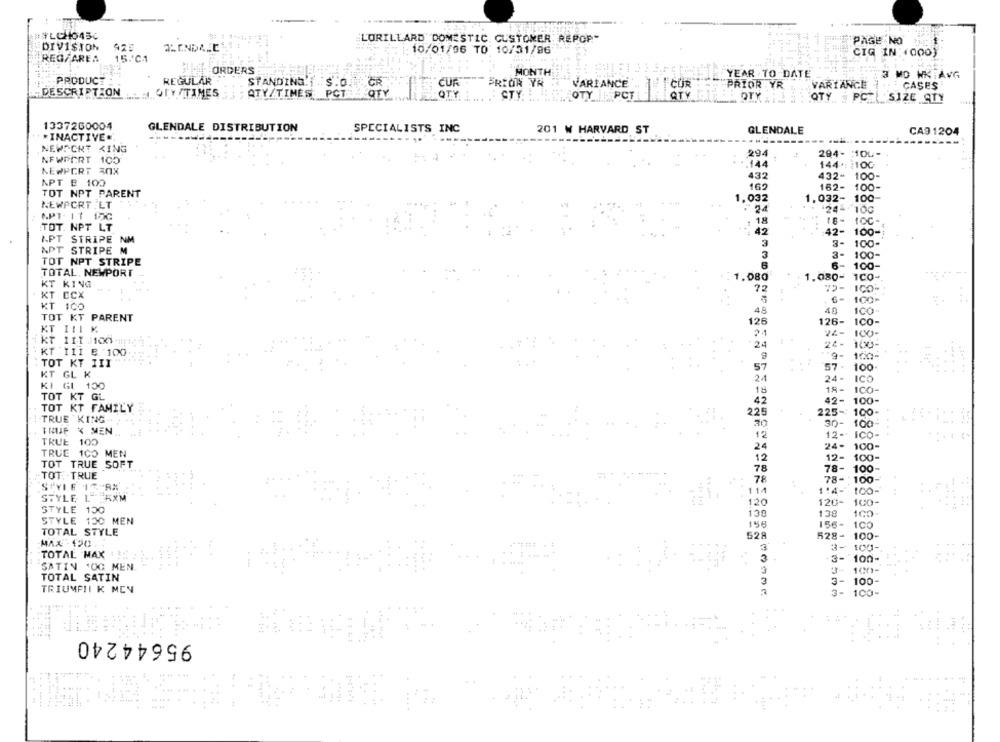
##LCHO450
LORILLARD DOMESTIC. CUSTOMER REPOP"
PAGE NO
DIVISION
: 10/01/06 TO 10/31/96
CIG IN: (000)
REG/AREA
15.ºC1
ORDERS
MONTH
YEAR .TO-DATE
3 MD WKIAVG
PRODUCT
REGULAR
STANDING.T . S.O
CUR
PRIOK YR
VARIANCE
COR
PRIOR YR
VARIANCE
CASES
DESCRIPTION
OFY TIMES
ATY/TIMES. PCT
PCT
QTY
CTY
TY_ PCT
QTV
DTY
OTY PCEL
SIZE ATY
1337260004
GLENDALE DISTRIBUTION
SPECIALISTS INC
201 W HARVARD ST
GLENDALE
CA9 1204
*INACTIVE:'
---------
NEWPORT KING
294
294- : 100-
NEWPORT 100
144
144 .: ¿ 100
NEWPORT 30X
432
432- 100-
APT B 100
162
162-
TOT NPT PARENT
100-
1,032
1,032-
100
NEWPORT.LT
24
APT. 11 15c
10G
: 18
TOT. NPT LT
42
42-
100-
APT STRIPE NM
3
3-
100
APT STRIPE M
3
3-
100-
TOT NPT STRIPE
6-
100-
TOTAL, NEWPORT
KT KING
1.080
1.080-
1CO-
75
ICO
KT ECX
100
KT 100
48
100
TOT KT PARENT
126
126-
ICO-
KT III K
24-
100-
kt 111 :10044;
24
100
KT 111 8 :100
100-
TOT KY III
57
57.
100
KT GL K
24
24-
ICO
KI GI 100
18
18-
ICO-
TOT KT GL
42
42-
100-
TOT KT FAMILY
225
225-
100
TRUE KING.
30-
100
TRUP X MEN
12
12++
ICO-
TRUE
100
24
24-
100
TRUE 100 MEN
12
12-
100-
TOT TRUE SOFT
78
78-
100-
TOT: TRUE
78
78-
100-
STYLE 17-RA
114
114-
100-
STYLE L FXM
120
120-
100-
STYLE 150
130
138
STYLE 130 MEN
158
156-
100
TOTAL STYLE
528
528-
100-
MAX -120.
3-
100-
TOTAL MAX
13-
100-
SATIN 'OG MEN
3
TOTAL SATIN
3
3
100-
TRIUMPHI K MCN
3-
100-
...
95644240
. ..